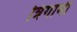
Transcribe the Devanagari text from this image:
त्रिगामी